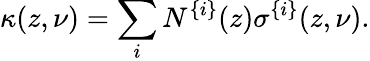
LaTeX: \kappa(z,\nu)=\sum_{i}N^{\{ i\} }(z)\sigma^{\{ i\} }(z,\nu).